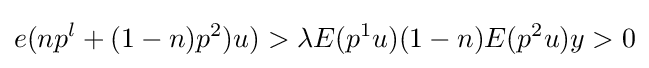
e(np^{l}+(1-n)p^{2})u)>\lambda E(p^{1}u)(1-n)E(p^{2}u)y>0